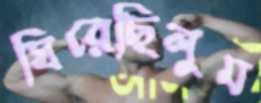
ঘিরেছিলুম